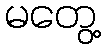
မတွေ့